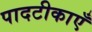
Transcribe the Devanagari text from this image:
पादटीकाएँ